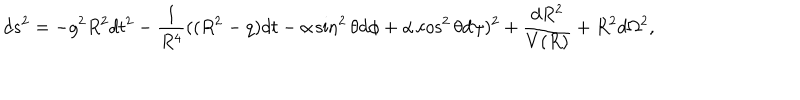
d s ^ { 2 } = - g ^ { 2 } R ^ { 2 } d t ^ { 2 } - \frac { 1 } { R ^ { 4 } } ( ( R ^ { 2 } - q ) d t - \alpha \sin ^ { 2 } \theta d \phi + \alpha \cos ^ { 2 } \theta d \psi ) ^ { 2 } + \frac { d R ^ { 2 } } { V ( R ) } + R ^ { 2 } d \Omega ^ { 2 } ,